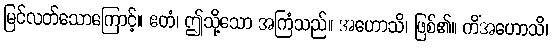
မြင်လတ်သောကြောင့်။ ဧတံ၊ ဤသို့သော အကြံသည်။ အဟောသိ၊ ဖြစ်၏။ ကိံအဟောသိ၊